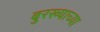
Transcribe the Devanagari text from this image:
बुरख्याच्या